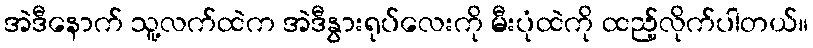
အဲဒီနောက် သူ့လက်ထဲက အဲဒီနွားရုပ်လေးကို မီးပုံထဲကို ထည့်လိုက်ပါတယ်။